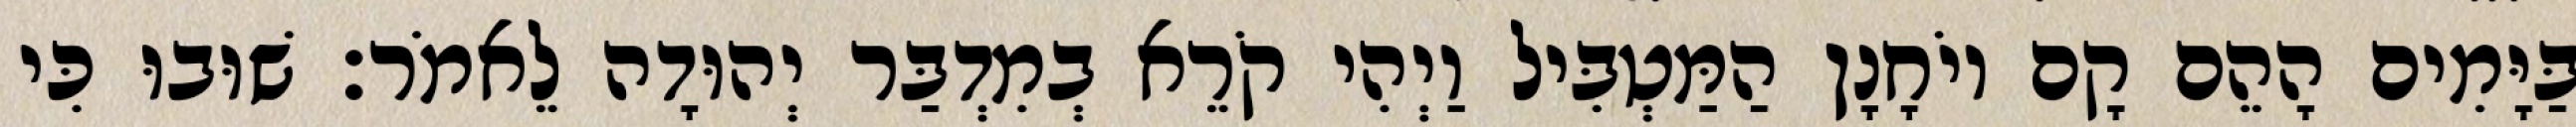
בַּיָּמִים הָהֵם קָם יוֹחָנָן הַמַּטְבִּיל וַיְהִי קֹרֵא בְמִדְבַּר יְהוּדָה לֵאמֹר׃ שׁוּבוּ כִּי